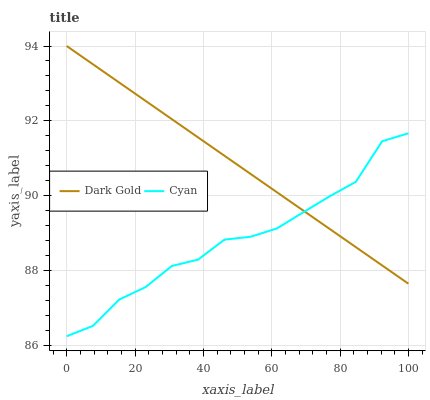
| xaxis_label | Dark Gold | Cyan |
 | --- | --- | --- |
 | 0 | 94 | 86.3 |
 | 7.69 | 93.5 | 86.5 |
 | 15.4 | 93 | 87.2 |
 | 23.1 | 92.5 | 87.6 |
 | 30.8 | 92 | 88.1 |
 | 38.5 | 91.6 | 88.3 |
 | 46.2 | 91.1 | 88.8 |
 | 53.8 | 90.6 | 88.9 |
 | 61.5 | 90.1 | 89.1 |
 | 69.2 | 89.6 | 89.6 |
 | 76.9 | 89.1 | 90 |
 | 84.6 | 88.6 | 90.4 |
 | 92.3 | 88.1 | 91.5 |
 | 100 | 87.7 | 91.7 |